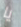
يا